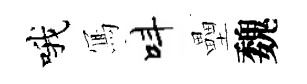
哦𭂁呌壘魏